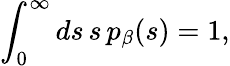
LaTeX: \int_{0}^{\infty}ds\, s\, p_{\beta}(s)=1,